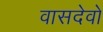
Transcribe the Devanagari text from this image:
वासदेवो